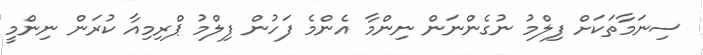
ސިނަމާތަކަށް ފިލްމު ނުގެންނަން ނިންމާ އެންމެ ފަހުން ފިލްމު ޕްރިމިއާ ކުރަން ނިންމީ